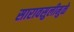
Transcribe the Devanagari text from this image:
सारावसुलीमुळे